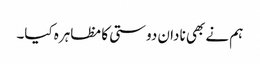
ہم نے بھی نادان دوستی کا مظاہرہ کیا۔